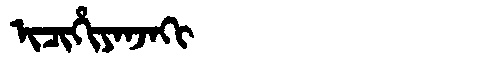
Manchu: ᡳᠴᡳᡥᡳᠶᠠᠨᠵᠠᡴᡳ
Romanization: ICIHIYANJAKI